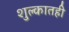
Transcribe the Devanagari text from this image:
शुल्कातही